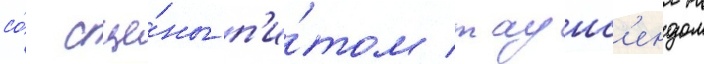
со́ сце́ны п'и́том таунс'ендом